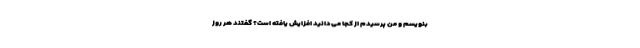
بنویسم و من پرسیدم از کجا می‌دانید افزایش ‌یافته‌ است؟ گفتند هر روز